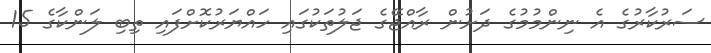
ސަރުކާރުގެ އެ ނިންމުމުގެ ދަށުން ރާއްޖޭގެ ޖަލުތަކުގައި ހައްޔަރުކޮށްފައި ތިބި ލަންކާގެ 15